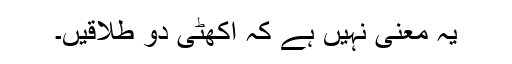
یہ معنی نہیں ہے کہ اکھٹی دو طلاقیں۔